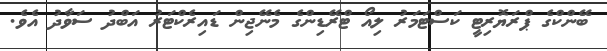
ބޭންކްގެ ޕްރަޔޮރިޓީ ކަސްޓަމަރު ލިއޯ ޓްރޭޑިންގެ މެނޭޖިން ޑައިރެކްޓަރު އަބްދު ސަވާދު އެވެ.